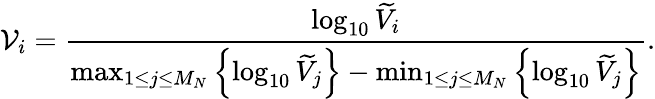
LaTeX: \mathcal V_{i}=\frac{\log_{10}\widetilde V_{i}}{\operatorname*{max}_{1\le j\le M_{N}}\left\{ \log_{10}\widetilde V_{j}\right\} -\operatorname*{min}_{1\le j\le M_{N}}\left\{ \log_{10}\widetilde V_{j}\right\} }.